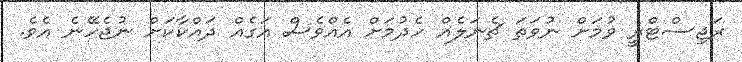
ރަޖިސްޓްރީ ވުމަށް ނުވަތަ ޗެނަލެއް ހެދުމަށް އެއްވެސް އަގެއް ދައްކާކަށް ނުޖެހޭނެ އެވެ.